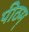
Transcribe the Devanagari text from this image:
पीठम्